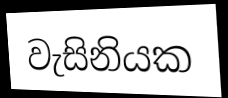
වැසිනියක